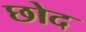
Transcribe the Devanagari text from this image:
छोद